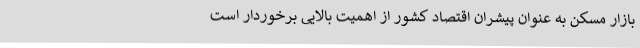
بازار مسکن به عنوان پیشران اقتصاد کشور از اهمیت بالایی برخوردار است